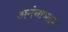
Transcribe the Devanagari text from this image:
अनंथाभद्रम